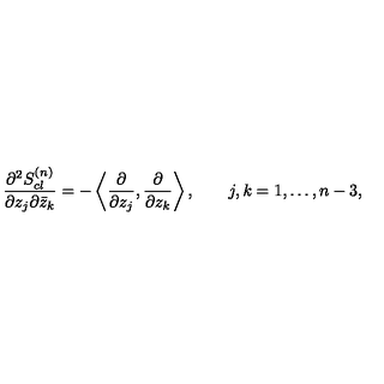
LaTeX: { \frac { \partial ^ { 2 } S _ { c l } ^ { ( n ) } } { \partial z _ { j } \partial { \bar { z } _ { k } } } } = - \left\langle { \frac { \partial } { \partial z _ { j } } } , { \frac { \partial } { \partial z _ { k } } } \right\rangle , \qquad j , k = 1 , \ldots , n - 3 ,